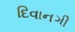
દિવાનગી